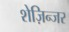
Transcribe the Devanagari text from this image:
शेज़िन्जर